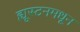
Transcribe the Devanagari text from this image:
ह्यूस्टनमधून